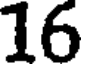
16